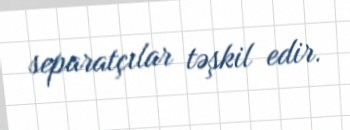
separatçılar təşkil edir.